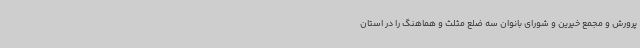
پرورش و مجمع خیرین و شورای بانوان سه ضلع مثلث و هماهنگ را در استان